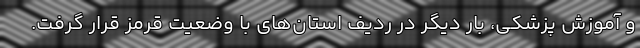
و آموزش پزشکی، بار دیگر در ردیف استان‌های با وضعیت قرمز قرار گرفت.